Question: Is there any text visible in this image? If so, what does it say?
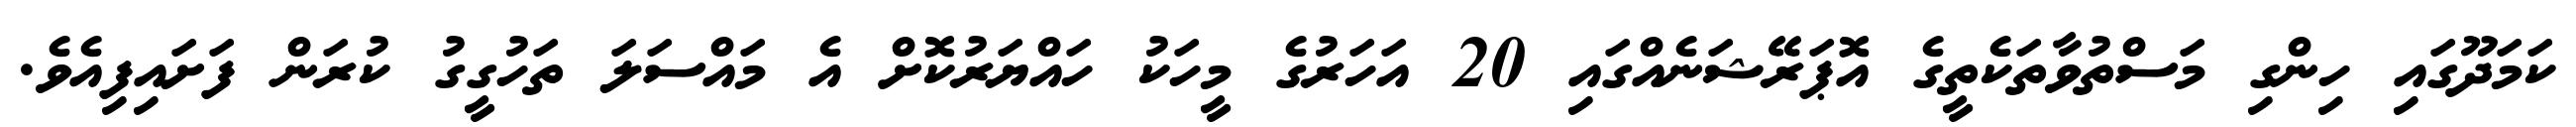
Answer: ކަމަދޫގައި ހިންގި މަސްތުވާތަކެތީގެ އޮޕަރޭޝަނެއްގައި 20 އަހަރުގެ މީހަކު ހައްޔަރުކޮށް އެ މައްސަލަ ތަހުގީގު ކުރަން ފަށައިފިއެވެ.